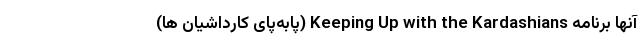
آنها برنامه Keeping Up with the Kardashians (پابه‌پای کارداشیان ها)